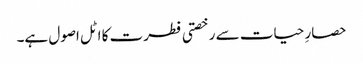
حصارِ حیات سے رخصتی فطرت کا اٹل اصول ہے۔